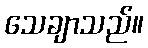
သေချာသည်။